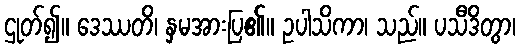
ဌုတ်၍။ ဒေဿတိ၊ နှမအားပြ၏။ ဥပါသိကာ၊ သည်။ ပသီဒိတွာ၊